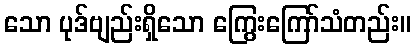
သော ပုဒ်ဗျည်းရှိသော ကြွေးကြော်သံတည်း။